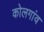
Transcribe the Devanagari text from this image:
कोलगांव